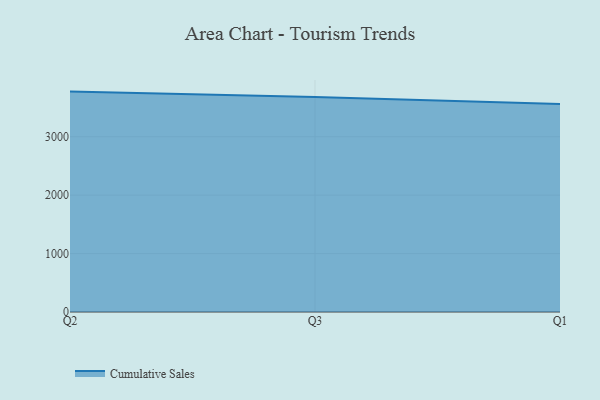
{"axis": {"x": "Quarter", "y": "Customer Acquisition Cost (USD)"}, "legend": ["Cumulative Sales"], "data": [{"x": "Q2", "y": 3772.3, "type": "Cumulative Sales"}, {"x": "Q3", "y": 3679.8, "type": "Cumulative Sales"}, {"x": "Q1", "y": 3558.2, "type": "Cumulative Sales"}]}